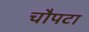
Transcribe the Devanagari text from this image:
चौपटा